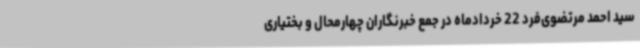
سید احمد مرتضوی‌فرد 22 خردادماه در جمع خبرنگاران چهارمحال و بختیاری